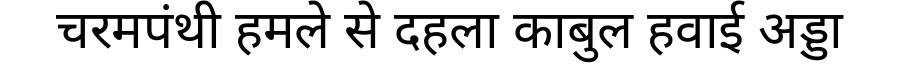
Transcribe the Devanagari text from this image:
चरमपंथी हमले से दहला काबुल हवाई अड्डा